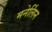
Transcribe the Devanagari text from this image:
मनेर्लिन